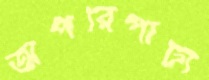
অপরিপাট্য